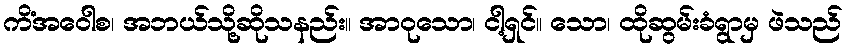
ကိံအဝေါစ၊ အဘယ်သို့ဆိုသနည်း။ အာဝုသော၊ ငါ့ရှင်။ သော၊ ထိုဆွမ်းခံရွာမှ ဖဲသည်